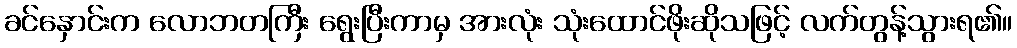
ခင်နှောင်းက လောဘတကြီး ရွေးပြီးကာမှ အားလုံး သုံးထောင်ဖိုးဆိုသဖြင့် လက်တွန့်သွားရ၏။